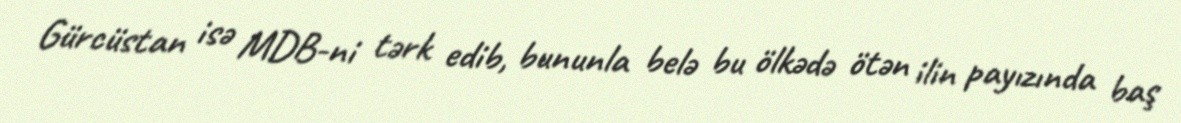
Gürcüstan isə MDB-ni tərk edib, bununla belə bu ölkədə ötən ilin payızında baş